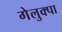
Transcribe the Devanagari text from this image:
गेलुक्पा